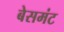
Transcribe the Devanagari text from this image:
बेसमंट